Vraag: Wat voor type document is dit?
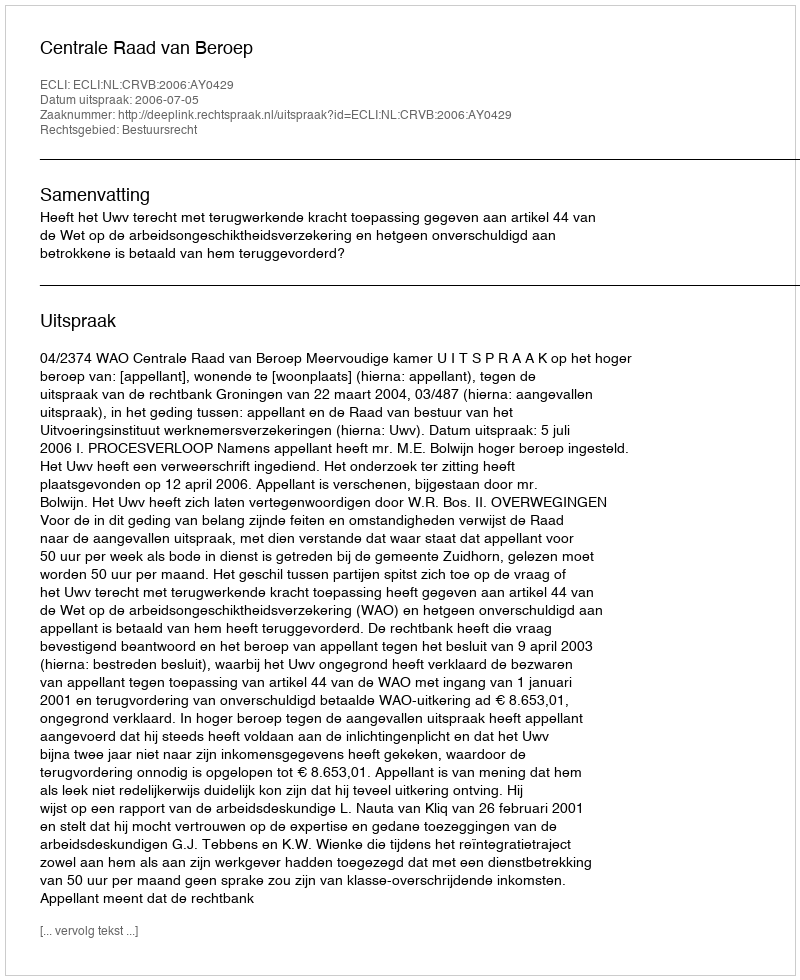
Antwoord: Uitspraak